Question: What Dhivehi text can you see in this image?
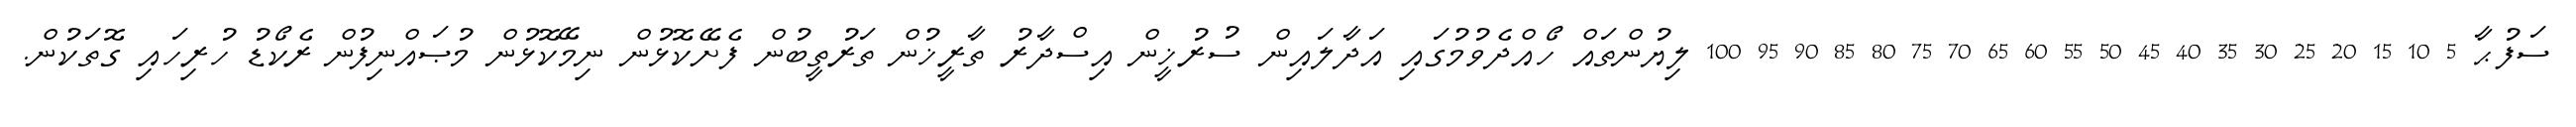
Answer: ސަފުޙާ 5 10 15 20 25 30 35 40 45 50 55 60 65 70 75 80 85 90 95 100 ލިޔުންތައް ހޯއްދެވުމުގައި އަދާލައިން ސުރުޚީން އިސްދާރު ތާރީޚުން ތަރުތީބުން ފެށޭކޮޅުން ނިމޭކޮޅުން މުޞައްނިފުން ރެކޯޑު ހުރިހައި ގޮތަކުން.